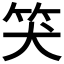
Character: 𥬇